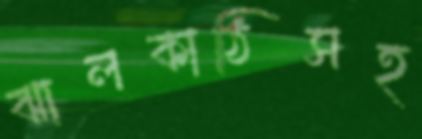
ঝালকাঠিসহ